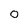
Character: o